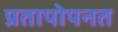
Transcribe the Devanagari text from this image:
प्रतापोपनत